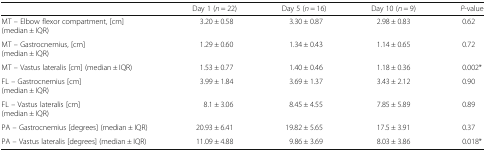
<table><thead><tr><td></td><td><b>Day 1 (<i>n</i> = 22)</b></td><td><b>Day 5 (<i>n</i> = 16)</b></td><td><b>Day 10 (<i>n</i> = 9)</b></td><td><b><i>P</i>-value</b></td></tr></thead><tbody><tr><td>MT – Elbow flexor compartment, [cm](median ± IQR)</td><td>3.20 ± 0.58</td><td>3.30 ± 0.87</td><td>2.98 ± 0.83</td><td>0.62</td></tr><tr><td>MT – Gastrocnemius, [cm](median ± IQR)</td><td>1.29 ± 0.60</td><td>1.34 ± 0.43</td><td>1.14 ± 0.65</td><td>0.72</td></tr><tr><td>MT – Vastus lateralis [cm] (median ± IQR)</td><td>1.53 ± 0.77</td><td>1.40 ± 0.46</td><td>1.18 ± 0.36</td><td>0.002*</td></tr><tr><td>FL – Gastrocnemius [cm](median ± IQR)</td><td>3.99 ± 1.84</td><td>3.69 ± 1.37</td><td>3.43 ± 2.12</td><td>0.90</td></tr><tr><td>FL – Vastus lateralis [cm](median ± IQR)</td><td>8.1 ± 3.06</td><td>8.45 ± 4.55</td><td>7.85 ± 5.89</td><td>0.89</td></tr><tr><td>PA – Gastrocnemius [degrees] (median ± IQR)</td><td>20.93 ± 6.41</td><td>19.82 ± 5.65</td><td>17.5 ± 3.91</td><td>0.37</td></tr><tr><td>PA – Vastus lateralis [degrees] (median ± IQR)</td><td>11.09 ± 4.88</td><td>9.86 ± 3.69</td><td>8.03 ± 3.86</td><td>0.018*</td></tr></tbody></table>